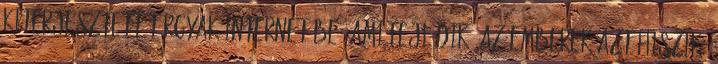
kiterjesztett tárgyak internetébe, ami fejlődik. Az emberek azt hiszik,